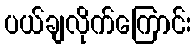
ပယ်ချလိုက်ကြောင်း